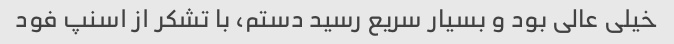
خیلی عالی بود و بسیار سریع رسید دستم، با تشکر از اسنپ فود